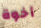
أخوة